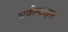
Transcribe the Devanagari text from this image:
मर्कन्टाइल